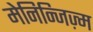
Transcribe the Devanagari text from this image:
मेनिन्जिज़्म